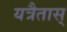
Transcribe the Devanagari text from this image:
यत्रैतास्‌